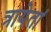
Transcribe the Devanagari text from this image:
त्रायेतां